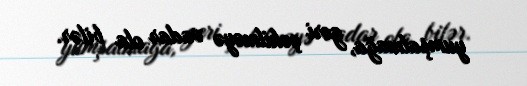
yumşalmağa, geri çəkilməyə vadar ola bilər.